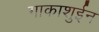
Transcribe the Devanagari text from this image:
गाकाशुईन